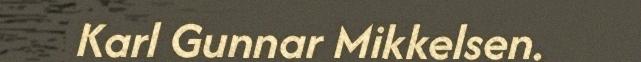
Karl Gunnar Mikkelsen.